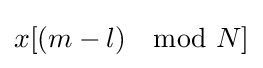
x[(m-l)\mod N]